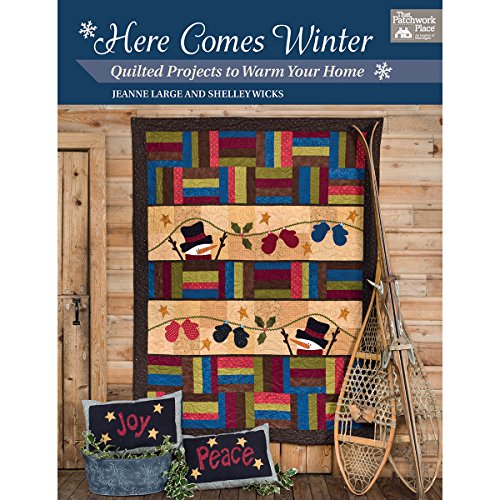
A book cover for Here Comes Winter: Quilted Projects to Warm Your Home; Jeanne Large; Crafts, Hobbies & Home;